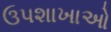
ઉપશાખાઓ